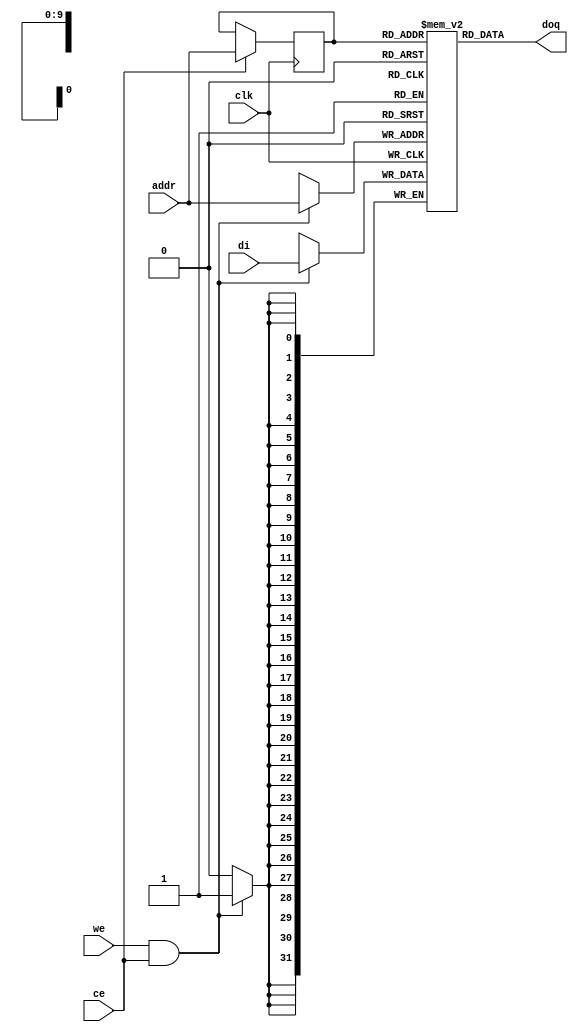
module or1200_spram
  (
`ifdef OR1200_BIST
   // RAM BIST
   mbist_si_i, mbist_so_o, mbist_ctrl_i,
`endif
   // Generic synchronous single-port RAM interface
   clk, ce, we, addr, di, doq
   );
   
   //
   // Default address and data buses width
   //
   parameter aw = 10;
   parameter dw = 32;
   
`ifdef OR1200_BIST
   //
   // RAM BIST
   //
   input mbist_si_i;
   input [`OR1200_MBIST_CTRL_WIDTH - 1:0] mbist_ctrl_i;
   output 				  mbist_so_o;
`endif
   
   //
   // Generic synchronous single-port RAM interface
   //
   input 				  clk;	// Clock
   input 				  ce;	// Chip enable input
   input 				  we;	// Write enable input
   //input 				  oe;	// Output enable input
   input [aw-1:0] 			  addr;	// address bus inputs
   input [dw-1:0] 			  di;	// input data bus
   output [dw-1:0] 			  doq;	// output data bus
   
   //
   // Internal wires and registers
   //

   //
   // Generic single-port synchronous RAM model
   //
   
   //
   // Generic RAM's registers and wires
   //
`ifdef OR1200_GENERIC   
   reg [dw-1:0] 			  mem [(1<<aw)-1:0] /*synthesis syn_ramstyle = "no_rw_check"*/;
`else
   reg [dw-1:0] 			  mem [(1<<aw)-1:0];
`endif
   reg [aw-1:0] 			  addr_reg;		// RAM address register
   
   //
   // Data output drivers
   //
   //assign doq = (oe) ? mem[addr_reg] : {dw{1'b0}};
   assign doq = mem[addr_reg];

// synthesis translate_off
   integer k;
   initial begin 
      for(k = 0; k < (1 << aw); k = k + 1) begin
         mem[k] = 0;
      end
   end
// synthesis translate_on

   //
   // RAM read address register
   //
   always @(posedge clk)
     if (ce)
       addr_reg <=  addr;
   
   //
   // RAM write
   //
   always @(posedge clk)
     if (we && ce)
       mem[addr] <=  di;
   
endmodule